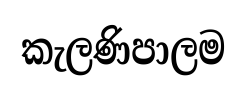
කැලණිපාලම